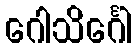
ဂေါသိင်္ဂေါ